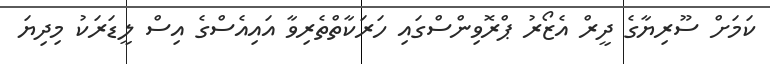
ކަމަށް ސޫރިޔާގެ ދީރް އެޒޯރު ޕްރޮވިންސްގައި ހަރަކާތްތެރިވާ އައިއެސްގެ އިސް ލީޑަރަކު މިދިޔަ